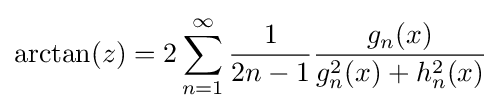
\arctan(z)=2\sum _{n=1}^{\infty }{\frac {1}{2n-1}}{\frac {g_{n}(x)}{g_{n}^{2}(x)+h_{n}^{2}(x)}}